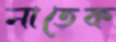
নাতেক